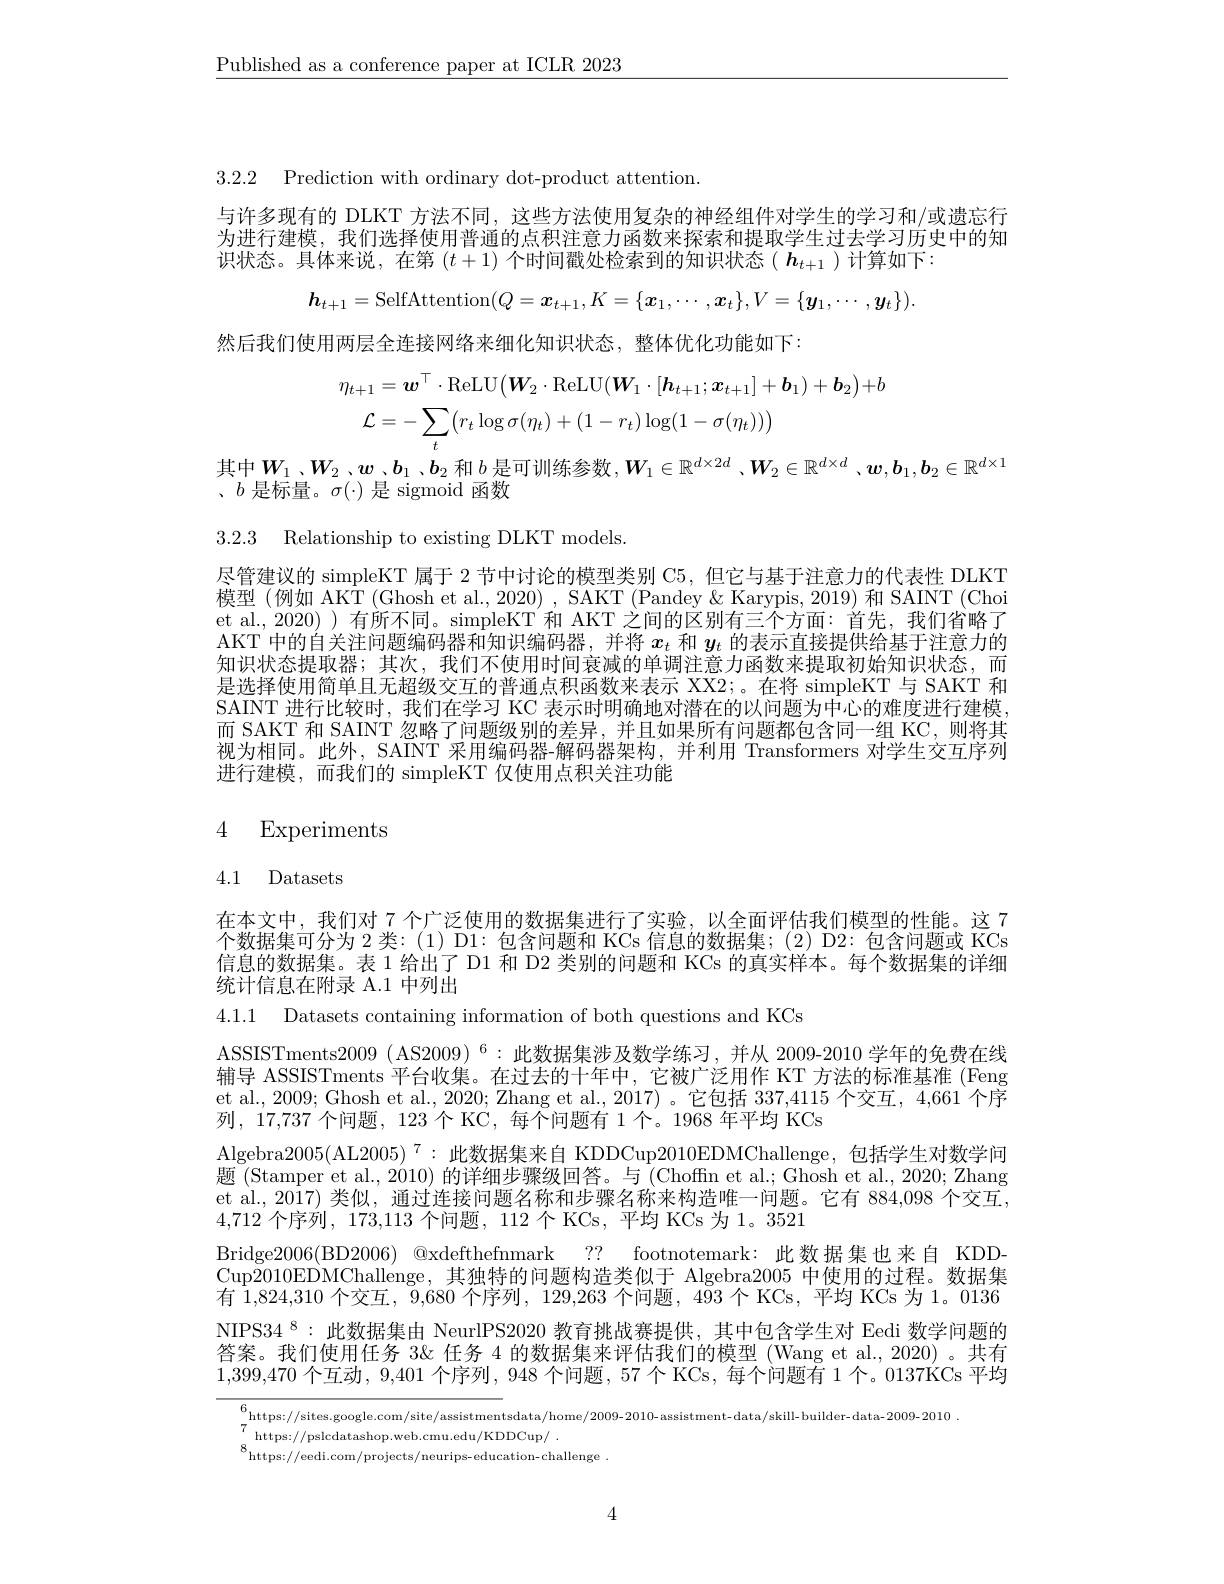
$\underline{\text{Published as a conference paper at ICLR 2023}}$

3.2.2 Prediction with ordinary dot-product attention

与许多现有的 DLKT 方法不同，这些方法使用复杂的神经组件对学生的学习和/或遗忘行为进行建模，我们选择使用普通的点积注意力函数来探索和提取学生过去学习历史中的知识状态。具体来说，在第$(t+1)$个时间戳处检索到的知识状态( $\boldsymbol h_t+1$ )计算如下：
$$h_{t+1}=\text{SelfAttention}(Q=\boldsymbol{x}_{t+1},K=\{\boldsymbol{x}_1,\cdots,\boldsymbol{x}_t\},V=\{\boldsymbol{y}_1,\cdots,\boldsymbol{y}_t\}).$$
然后我们使用两层全连接网络来细化知识状态，整体优化功能如下：
$$\begin{aligned}\eta_{t+1}&=\boldsymbol{w}^{\top}\cdot\mathrm{ReLU}\big(\boldsymbol{W}_{2}\cdot\mathrm{ReLU}(\boldsymbol{W}_{1}\cdot[\boldsymbol{h}_{t+1};\boldsymbol{x}_{t+1}]+\boldsymbol{b}_{1})+\boldsymbol{b}_{2}\big)+b\\&\mathcal{L}=-\sum_{t}\bigl(r_{t}\log\sigma(\eta_{t})+(1-r_{t})\log(1-\sigma(\eta_{t}))\bigr)\\&\text{1}\end{aligned}$$
其中$W_1$、$W_2$、$w,b_1$、$b_2$和$b$是可训练参数$,W_1\in\mathbb{R}^d\times2d$ 、$W_2\in\mathbb{R}^d\times d$ 、$w,b_1,\boldsymbol{b}_2\in\mathbb{R}^{d\times1}$
、$b$是标量。$\sigma(\cdot)$是 sigmoid 函数

3.2.3 Relationship to existing DLKT models.

尽管建议的 simpleKT 属于 2 节中讨论的模型类别 C5, 但它与基于注意力的代表性 DLKT 模型(例如 AKT(Ghosh et al., 2020) , SAKT (Pandey & Karypis, 2019) 和 SAINT (Choi et al., 2020) ) 有所不同。simpleKT 和 AKT 之间的区别有三个方面：首先，我们省略了AKT 中的自关注问题编码器和知识编码器，并将$x_t$和$y_t$的表示直接提供给基于注意力的知识状态提取器；其次，我们不使用时间衰减的单调注意力函数来提取初始知识状态，而是选择使用简单且无超级交互的普通点积函数来表示 XX2;。在将 simpleKT 与 SAKT 和SAINT 进行比较时，我们在学习 KC 表示时明确地对潜在的以问题为中心的难度进行建模， 而 SAKT 和 SAINT 忽略了问题级别的差异，并且如果所有问题都包含同一组 KC,则将其视为相同。此外，SAINT 采用编码器-解码器架构，并利用 Transformers 对学生交互序列进行建模，而我们的 simpleKT 仅使用点积关注功能

# 4 Experiments

4.1 Datasets

在本文中，我们对 7 个广泛使用的数据集进行了实验，以全面评估我们模型的性能。这 7个数据集可分为 2 类：(1) D1:包含问题和 KCs 信息的数据集；(2) D2: 包含问题或 KCs 信息的数据集。表 1 给出了 D1 和 D2 类别的问题和 KCs 的真实样本。每个数据集的详细统计信息在附录 A.1 中列出

4.1.1 Datasets containing information of both questions and KCs
ASSISTments2009 (AS2009) $^6:$此数据集涉及数学练习，并从 2009-2010 学年的免费在线辅导 ASSISTments 平台收集。在过去的十年中，它被广泛用作 KT 方法的标准基准 (Feng et al., 2009; Ghosh et al., 2020; Zhang et al., 2017) 。它包括 337,4115 个交互，4,661 个序列，17,737 个问题，123 个 KC, 每个问题有 1 个。1968 年平均 KCs
Algebra2005(AL$2005)^7:$此数据集来自 KDDCup2010EDMChallenge,包括学生对数学问题 (Stamper et al., 2010) 的详细步骤级回答。与 (Choffn et al.; Ghosh et al., 2020; Zhang et al., 2017) 类似，通过连接问题名称和步骤名称来构造唯一问题。它有 884,098 个交互， 4,712 个序列，173,113 个问题，112 个 KCs, 平均 KCs 为 1。3521
Bridge2006(BD2006) @xdefthefnmark ?? footnotemark: 此数据集也来自 KDDCup2010EDMChallenge,其独特的问题构造类似于 Algebra2005 中使用的过程。数据集有 1,824,310 个交互，9,680 个序列，129,263 个问题，493 个 KCs, 平均 KCs 为 1。0136 NIPS34 $^{8}:$此数据集由 NeurlPS2020 教育挑战赛提供，其中包含学生对 Eedi 数学问题的答案。我们使用任务 3& 任务 4 的数据集来评估我们的模型 (Wang et al., 2020) 。共有1,399,470个互动，9,401 个序列，948 个问题，57 个 KCs, 每个问题有 1 个。0137KCs 平均
$$\begin{array}{l}6\\7\end{array}$https://sites.google.com/site/assistmentsdata/home/2009-2010-assistment-data/skill-builder-data-2009-2010}$
7 https: / / pslcdatashop. web. cmu. edu/ KDDCup/  .  8https: / / eedi. com/ projects/ neurips- education- challenge .

4